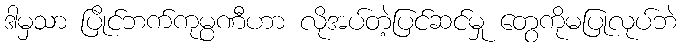
ဒါမှသာ ပြိုင်ဘက်ကုမ္ပဏီဟာ လိုအပ်တဲ့ပြင်ဆင်မှု တွေကိုမပြုလုပ်ဘဲ